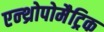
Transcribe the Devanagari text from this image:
एन्थ्रोपोमैट्रिक